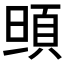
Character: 𩑰